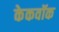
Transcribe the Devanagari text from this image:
केकवॉक